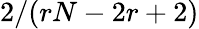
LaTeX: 2/(rN-2r+2)